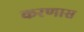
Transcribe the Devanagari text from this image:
करणास